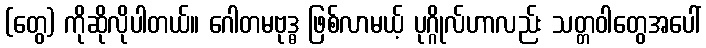
(တွေ) ကိုဆိုလိုပါတယ်။ ဂေါတမဗုဒ္ဓ ဖြစ်လာမယ့် ပုဂ္ဂိုလ်ဟာလည်း သတ္တဝါတွေအပေါ်